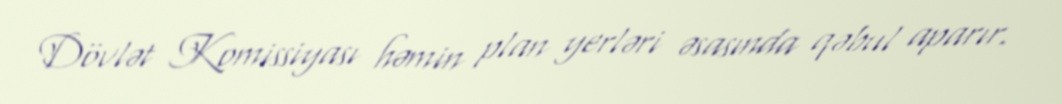
Dövlət Komissiyası həmin plan yerləri əsasında qəbul aparır.